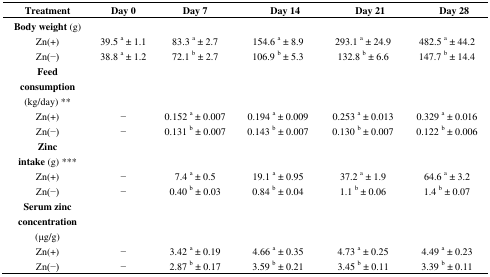
| Treatment | Day 0 | Day 7 | Day 14 | Day 21 | Day 28 |
 | --- | --- | --- | --- | --- | --- |
 | Body weight (g) |  |  |  |  |  |
 | Zn(+) | 39.5 a ± 1.1 | 83.3 a ± 2.7 | 154.6 a ± 8.9 | 293.1 a ± 24.9 | 482.5 a ± 44.2 |
 | Zn(−) | 38.8 a ± 1.2 | 72.1 b ± 2.7 | 106.9 b ± 5.3 | 132.8 b ± 6.6 | 147.7 b ± 14.4 |
 | Feed consumption (kg/day) ** |  |  |  |  |  |
 | Zn(+) | − | 0.152 a ± 0.007 | 0.194 a ± 0.009 | 0.253 a ± 0.013 | 0.329 a ± 0.016 |
 | Zn(−) | − | 0.131 b ± 0.007 | 0.143 b ± 0.007 | 0.130 b ± 0.007 | 0.122 b ± 0.006 |
 | Zinc intake (g) *** |  |  |  |  |  |
 | Zn(+) | − | 7.4 a ± 0.5 | 19.1 a ± 0.95 | 37.2 a ± 1.9 | 64.6 a ± 3.2 |
 | Zn(−) | − | 0.40 b ± 0.03 | 0.84 b ± 0.04 | 1.1 b ± 0.06 | 1.4 b ± 0.07 |
 | Serum zinc concentration (μg/g) |  |  |  |  |  |
 | Zn(+) | − | 3.42 a ± 0.19 | 4.66 a ± 0.35 | 4.73 a ± 0.25 | 4.49 a ± 0.23 |
 | Zn(−) | − | 2.87 b ± 0.17 | 3.59 b ± 0.21 | 3.45 b ± 0.11 | 3.39 b ± 0.11 |